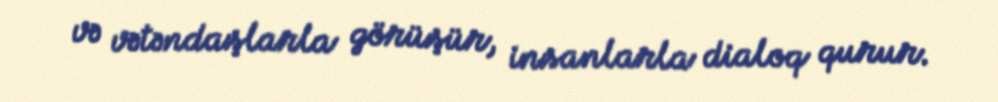
və vətəndaşlarla görüşür, insanlarla dialoq qurur.